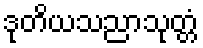
ဒုတိယသညာသုတ္တံ